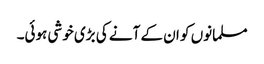
مسلمانوں کو ان کے آنے کی بڑی خوشی ہوئی۔